Report of the Indian Hemp Drugs Commission, 1894-1895 - Volume VII
Year: 1894
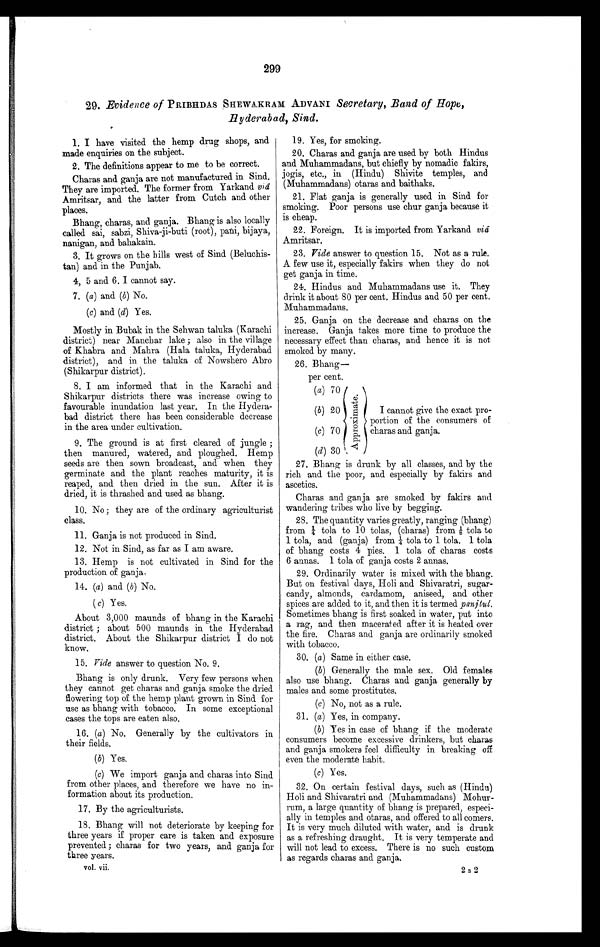
299
29. Evidence of PRIBHDAS SHEWAKRAM ADVANI Secretary, Band of Hope,
Hyderabad, Sind.
1. I have visited the hemp drug shops, and
made enquiries on the subject.
2. The definitions appear to me to be correct.
Charas and ganja are not manufactured in Sind.
They are imported. The former from Yarkand viâ
Amritsar, and the latter from Cutch and other
places.
Bhang, charas, and ganja. Bhang is also locally
called sai, sabzi, Shiva-ji-buti (root), pani, bijaya,
nanigan, and bahakain.
3. It grows on the hills west of Sind (Beluchis-
tan) and in the Punjab.
4, 5 and 6. I cannot say.
7. (a) and (b) No.
(c) and (d) Yes.
Mostly in Bubak in the Sehwan taluka (Karachi
district) near Manchar lake ; also in the village
of Khabra and Mahra, (Hala taluka, Hyderabad
district), and in the taluka of Nowshero Abro
(Shikarpur district).
8. I am informed that in the Karachi and
Shikarpur districts there was increase owing to
favourable inundation last year. In the Hydera-
bad district there has been considerable decrease
in the area under cultivation.
9. The ground is at first cleared of jungle ;
then manured, watered, and ploughed. Hemp
seeds are then sown broadcast, and when they
germinate and the plant reaches maturity, it is
reaped, and then dried in the sun. After it is
dried, it is thrashed and used as bhang.
10. No ; they are of the ordinary agriculturist
class.
11. Ganja is not produced in Sind.
12. Not in Sind, as far as I am aware.
13. Hemp is not cultivated in Sind for the
production of ganja.
14. (a) and (b) No.
(c) Yes.
About 3,000 maunds of bhang in the Karachi
district ; about 500 maunds in the Hyderabad
district. About the Shikarpur district I do not
know.
15. Vide answer to question No. 9.
Bhang is only drunk. Very few persons when
they cannot get charas and ganja smoke the dried
flowering top of the hemp plant grown in Sind for
use as bhang with tobacco. In some exceptional
cases the tops are eaten also.
16. (a) No. Generally by the cultivators in
their fields.
(b) Yes.
(c) We import ganja and charas into Sind
from other places, and therefore we have no in-
formation about its production.
17. By the agriculturists.
18. Bhang will not deteriorate by keeping for
three years if proper care is taken and exposure
prevented ; charas for two years, and ganja for
three years.
vol. vii.
19. Yes, for smoking.
20. Charas and ganja are used by both Hindus
and Muhammadans, but chiefly by nomadic fakirs,
jogis, etc., in (Hindu) Shivite temples, and
(Muhammadans) otaras and baithaks.
21. Flat ganja is generally used in Sind for
smoking. Poor persons use chur ganja because it
is cheap.
22. Foreign. It is imported from Yarkand viâ
Amritsar.
23. Vide answer to question 15. Not as a rule.
A few use it, especially fakirs when they do not
get ganja in time.
24. Hindus and Muhammadans use it. They
drink it about 80 per cent. Hindus and 50 per cent.
Muhammadans.
25. Ganja on the decrease and charas on the
increase. Ganja takes more time to produce the
necessary effect than charas, and hence it is not
smoked by many.
26. Bhang-
per cent.
(a) 70
(b) 20
(c) 70
(d) 30
A p p r o x i m a t e .
I c a n n o t g i v e t h e e x a c t p r o - p o r t i o n o f t h e c o n s u m e r s o f c h a r a s a n d g a n j a .
27. Bhang is drunk by all classes, and by the
rich and the poor, and. especially by fakirs and
ascetics.
Charas and ganja are smoked by fakirs and
wandering tribes who live by begging.
28. The quantity varies greatly, ranging (bhang)
from ¼t o l a t o 1 0 t o l a s , ¼ ( c h a r a s ) f r o m⅛
t o l a t o
1 tolas, and (ganja) from
1 4
tola to 1 tola. 1 tola
of bhang costs 4 pies. 1 tola of charas costs
6 annas. 1 tola of ganja costs 2 annas.
29. Ordinarily water is mixed with the bhang.
But on festival days, Hold and Shivaratri, sugar-
candy, almonds, cardamom, aniseed, and other
spices are added to it, and then it is termed panjtul.
Sometimes bhang is first soaked in water, put into
a rag, and then macerated after it is heated over
the fire. Charas and ganja are ordinarily smoked
with tobacco.
30. (a) Same in either case.
(b) Generally the male sex. Old females
also use bhang. Charas and ganja generally by
males and some prostitutes
(c) No, not as a rule.
31. (a) Yes, in company.
(b) Yes in case of bhang if the moderate
consumers become excessive drinkers, but charas
and ganja smokers feel difficulty in breaking off
even the moderate habit.
(c)Yes.
32. On certain festival days, such as (Hindu)
Holi and Shivaratri and (Muhammadans) Mohur-
rum, a large quantity of Chang is prepared, especi-
ally in temples and otaras, and offered to all cormers.
It is very much diluted with water, and is drunk
as a refreshing draught. It is very temperate and
will not lead to excess. There is no such custom
as regards charas and ganja.
2 s 2